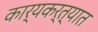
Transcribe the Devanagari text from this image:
कार्यकर्त्‍यात